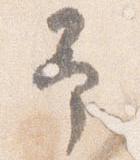
予